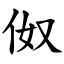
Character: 伮